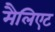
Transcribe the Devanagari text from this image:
मैलिएट